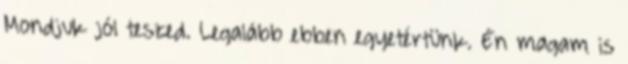
Mondjuk jól teszed. Legalább ebben egyetértünk. Én magam is